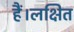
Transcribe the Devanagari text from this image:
हैं।लक्षित